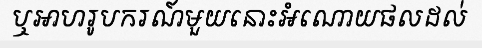
ឬអាហរូបករណ៍មួយនោះអំណោយផលដល់